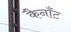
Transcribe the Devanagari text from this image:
कैनाँट